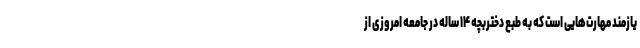
یازمند مهارت‌هایی است که به طبع دختربچه ۱۴ ساله در جامعه امروزی از